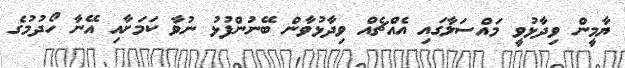
ޔާމީން ވިދާޅުވީ މައްސަލާގައި އެއްޗެއް ވިދާޅުވާން ބޭނުންފުޅު ނުވާ ކަމަށާއި އޭނާ ހޯދުމުގެ